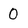
Character: 0